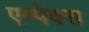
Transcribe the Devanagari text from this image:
एम्पेक्स